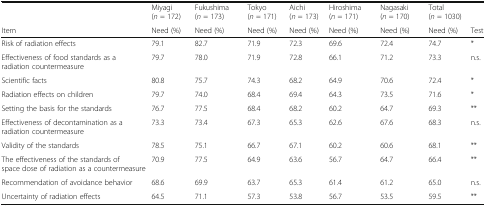
<table><thead><tr><td></td><td><b>Miyagi (<i>n</i> = 172)</b></td><td><b>Fukushima (<i>n</i> = 173)</b></td><td><b>Tokyo (<i>n</i> = 171)</b></td><td><b>Aichi (<i>n</i> = 173)</b></td><td><b>Hiroshima (<i>n</i> = 171)</b></td><td><b>Nagasaki (<i>n</i> = 170)</b></td><td><b>Total (<i>n</i> = 1030)</b></td><td></td></tr><tr><td><b>Item</b></td><td><b>Need (%)</b></td><td><b>Need (%)</b></td><td><b>Need (%)</b></td><td><b>Need (%)</b></td><td><b>Need (%)</b></td><td><b>Need (%)</b></td><td><b>Need (%)</b></td><td><b>Test</b></td></tr></thead><tbody><tr><td>Risk of radiation effects</td><td>79.1</td><td>82.7</td><td>71.9</td><td>72.3</td><td>69.6</td><td>72.4</td><td>74.7</td><td>*</td></tr><tr><td>Effectiveness of food standards as a radiation countermeasure</td><td>79.7</td><td>78.0</td><td>71.9</td><td>72.8</td><td>66.1</td><td>71.2</td><td>73.3</td><td>n.s.</td></tr><tr><td>Scientific facts</td><td>80.8</td><td>75.7</td><td>74.3</td><td>68.2</td><td>64.9</td><td>70.6</td><td>72.4</td><td>*</td></tr><tr><td>Radiation effects on children</td><td>79.7</td><td>74.0</td><td>68.4</td><td>69.4</td><td>64.3</td><td>73.5</td><td>71.6</td><td>*</td></tr><tr><td>Setting the basis for the standards</td><td>76.7</td><td>77.5</td><td>68.4</td><td>68.2</td><td>60.2</td><td>64.7</td><td>69.3</td><td>**</td></tr><tr><td>Effectiveness of decontamination as a radiation countermeasure</td><td>73.3</td><td>73.4</td><td>67.3</td><td>65.3</td><td>62.6</td><td>67.6</td><td>68.3</td><td>n.s.</td></tr><tr><td>Validity of the standards</td><td>78.5</td><td>75.1</td><td>66.7</td><td>67.1</td><td>60.2</td><td>60.6</td><td>68.1</td><td>**</td></tr><tr><td>The effectiveness of the standards of space dose of radiation as a countermeasure</td><td>70.9</td><td>77.5</td><td>64.9</td><td>63.6</td><td>56.7</td><td>64.7</td><td>66.4</td><td>**</td></tr><tr><td>Recommendation of avoidance behavior</td><td>68.6</td><td>69.9</td><td>63.7</td><td>65.3</td><td>61.4</td><td>61.2</td><td>65.0</td><td>n.s.</td></tr><tr><td>Uncertainty of radiation effects</td><td>64.5</td><td>71.1</td><td>57.3</td><td>53.8</td><td>56.7</td><td>53.5</td><td>59.5</td><td>**</td></tr></tbody></table>